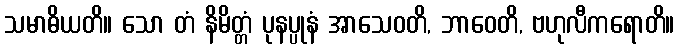
သမာဓိယတိ။ သော တံ နိမိတ္တံ ပုနပ္ပုနံ အာသေဝတိ, ဘာဝေတိ, ဗဟုလီကရောတိ။